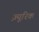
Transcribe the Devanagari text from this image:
ज़्यूरिक